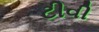
ટીવી